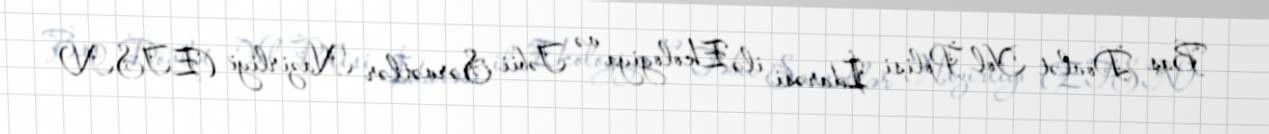
Baş Dövlət Yol Polisi İdarəsi ilə Ekologiya və Təbii Sərvətlər Nazirliyi (ETSN)